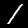
Label: 1